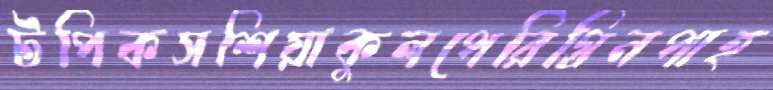
টপিকসশিয়াকুলপেরিগ্রিনপাহ